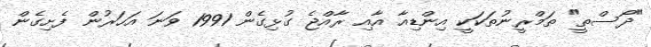
"ދޯސްތީ" ތަމްރީނުތަކަކީ އިންޑިއާ އާއި ރާއްޖެ ގުޅިގެން 1991 ވަނަ އަހަރުން ފެށިގެން